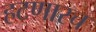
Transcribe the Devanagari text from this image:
हटणारच